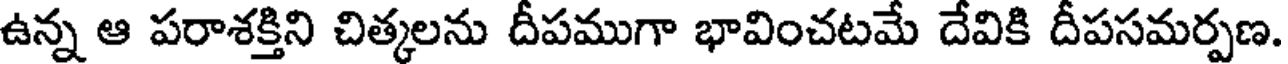
ఉన్న ఆ పరాశక్తిని చిత్కలను దీపముగా భావించటమే దేవికి దీపసమర్పణ